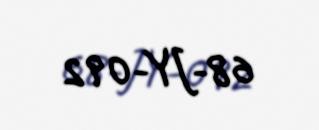
68-JY-092